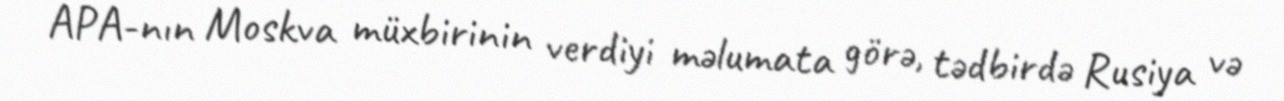
APA-nın Moskva müxbirinin verdiyi məlumata görə, tədbirdə Rusiya və